Report on the working of the mental hospitals for Indians in Bihar and Orissa - 1925-1929
Year: 1925
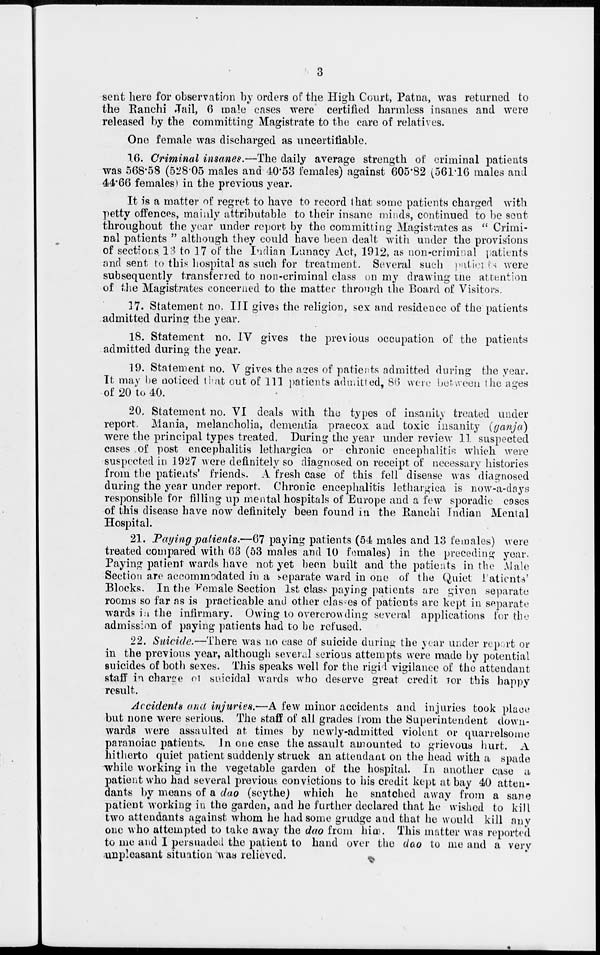
3
sent here for observation by orders of the High Court, Patna, was returned to
the Ranchi Jail, 6 male cases were certified harmless insanes and were
released by the committing Magistrate to the care of relatives.
One female was discharged as uncertifiable.
16. Criminal insanes.—The daily average strength of criminal patients
was 568.58 (528.05 males and 40.53 females) against 605.82 (561.16 males and
44.66 females) in the previous year.
It is a matter of regret to have to record that some patients charged with
petty offences, mainly attributable to their insane minds, continued to be sent
throughout the year under report by the committing Magistrates as " Crimi-
nal patients " although they could have been dealt with under the provisions
of sections 13 to 17 of the Indian Lunacy Act, 1912, as non-criminal patients
and sent to this hospital as such for treatment. Several such patients
were
subsequently transferred to non-criminal class on my drawing the attention
of the Magistrates concerned to the matter through the Board of Visitors.
17. Statement no. III gives the religion, sex and residence of the patients
admitted during the year.
18. Statement no. IV gives the previous occupation of the patients
admitted during the year.
19. Statement no. V gives the ages of patients admitted during the year.
It may be noticed that out of 111 patients admitted, 86 were between the ages
of 20 to 40.
20. Statement no. VI deals with the types of insanity treated under
report. Mania, melancholia, dementia praecox and toxic insanity (ganja)
were the principal types treated. During the year under review 11 suspected
cases of post encephalitis lethargica or chronic encephalitis which were
suspected in 1927 were definitely so diagnosed on receipt of necessary histories
from the patients' friends. A fresh case of this fell disease was diagnosed
during the year under report. Chronic encephalitis lethargica is now-a-days
responsible for filling up mental hospitals of Europe and a few sporadic cases
of this disease have now definitely been found in the Ranchi Indian Mental
Hospital.
21. Paying patients.—67 paying patients (54 males and 13 females) were
treated compared with 63 (53 males and 10 females) in the preceding year.
Paying patient wards have not yet been built and the patients in the Male
Section are accommodated in a separate ward in one of the Quiet Patients'
Blocks. In the female Section 1st class paying patients are given separate
rooms so far as is practicable and other classes of patients are kept in separate
wards in the infirmary. Owing to overcrowding several applications for the
admission of paying patients had to be refused.
22. Suicide.—There was no case of suicide during the year under report or
in the previous year, although several serious attempts were made by potential
suicides of both sexes. This speaks well for the rigid vigilance of the attendant
staff in charge of suicidal wards who deserve great credit for this happy
result.
Accidents and injuries.—A few minor accidents and injuries took place
but none were serious. The staff of all grades from the Superintendent down-
wards were assaulted at times by newly-admitted violent or quarrelsome
paranoiac patients. In one case the assault amounted to grievous hurt. A
hitherto quiet patient suddenly struck an attendant on the head with a spade
while working in the vegetable garden of the hospital. In another case a
patient who had several previous convictions to his credit kept at bay 40 atten-
dants by means of a dao (scythe) which he snatched away from a sane
patient working in the garden, and he further declared that he wished to kill
two attendants against whom he had some grudge and that he would kill any
one who attempted to take away the dao from him. This matter was reported
to me and I persuaded the patient to hand over the dao to me and a very
unpleasant situation was relieved.